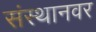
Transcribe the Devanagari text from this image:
संस्थानवर